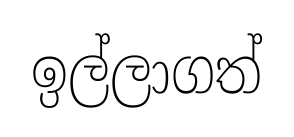
ඉල්ලාගත්